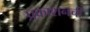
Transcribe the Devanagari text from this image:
प्रकाशनची